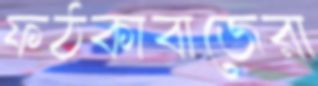
ফঠকাবাজেরা